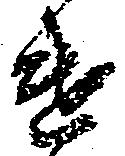
遣